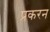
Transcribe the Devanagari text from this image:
प्रकरन